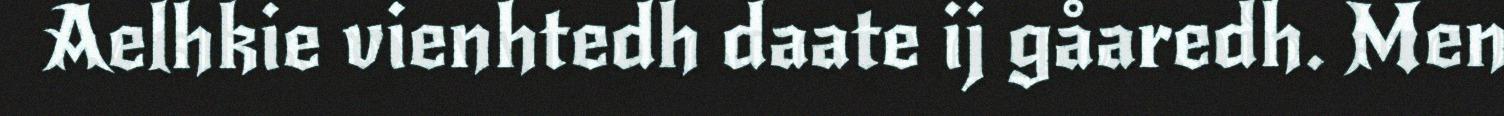
Aelhkie vienhtedh daate ij gåaredh. Men